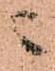
ニ